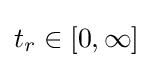
t_{r}\in [0,\infty ]